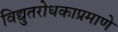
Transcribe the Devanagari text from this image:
विद्युतरोधकाप्रमाणे